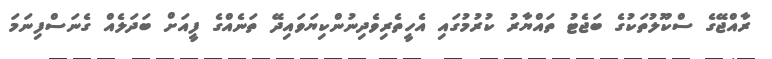
ރާއްޖޭގެ ސްކޫލުތަކުގެ ބަޖެޓު ތައްޔާރު ކުރުމުގައި އެހީތެރިވެދިނުންކިޔަވައިދޭ ތަނެއްގެ ފީއަށް ބަދަލެއް ގެނަސްފިނަމަ